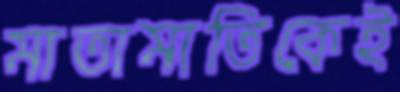
মাতামাতিকেই